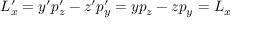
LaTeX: L _ { x } ^ { \prime } = y ^ { \prime } p _ { z } ^ { \prime } - z ^ { \prime } p _ { y } ^ { \prime } = y p _ { z } - z p _ { y } = L _ { x }